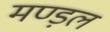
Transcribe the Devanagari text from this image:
मण्ड़ल